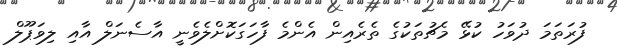
ފުރަތަމަ ދުވަހު ކުޅޭ މެޗުތަކުގެ ތެރެއިން އެންމެ ފާހަގަކޮށްލެވެނީ އާސެނަލް އާއި ލިވަޕޫލް